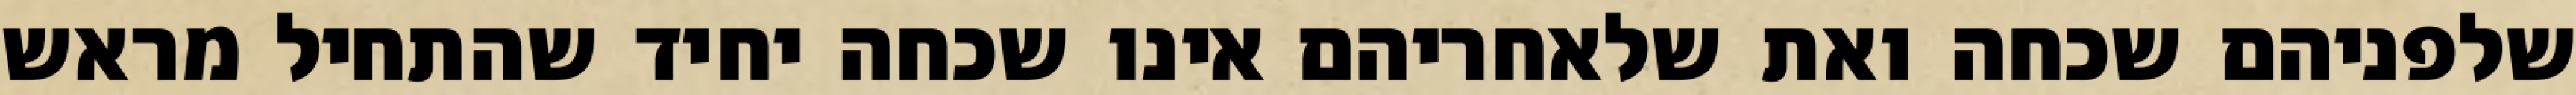
שלפניהם שכחה ואת שלאחריהם אינו שכחה יחיד שהתחיל מראש